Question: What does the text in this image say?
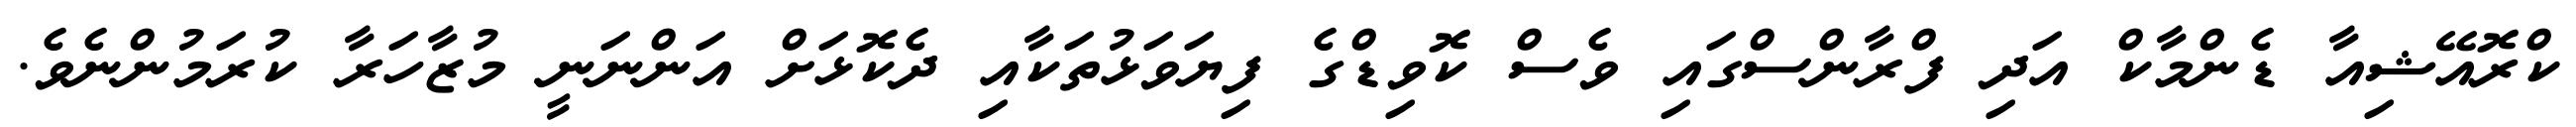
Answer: ކްރޮއޭޝިއާ ޑެންމާކް އަދި ފްރާންސްގައި ވެސް ކޮވިޑްގެ ފިޔަވަޅުތަކާއި ދެކޮޅަށް އަންނަނީ މުޒާހަރާ ކުރަމުންނެވެ.